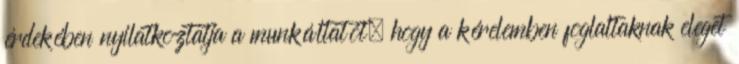
érdekében nyilatkoztatja a munkáltatót, hogy a kérelemben foglaltaknak eleget